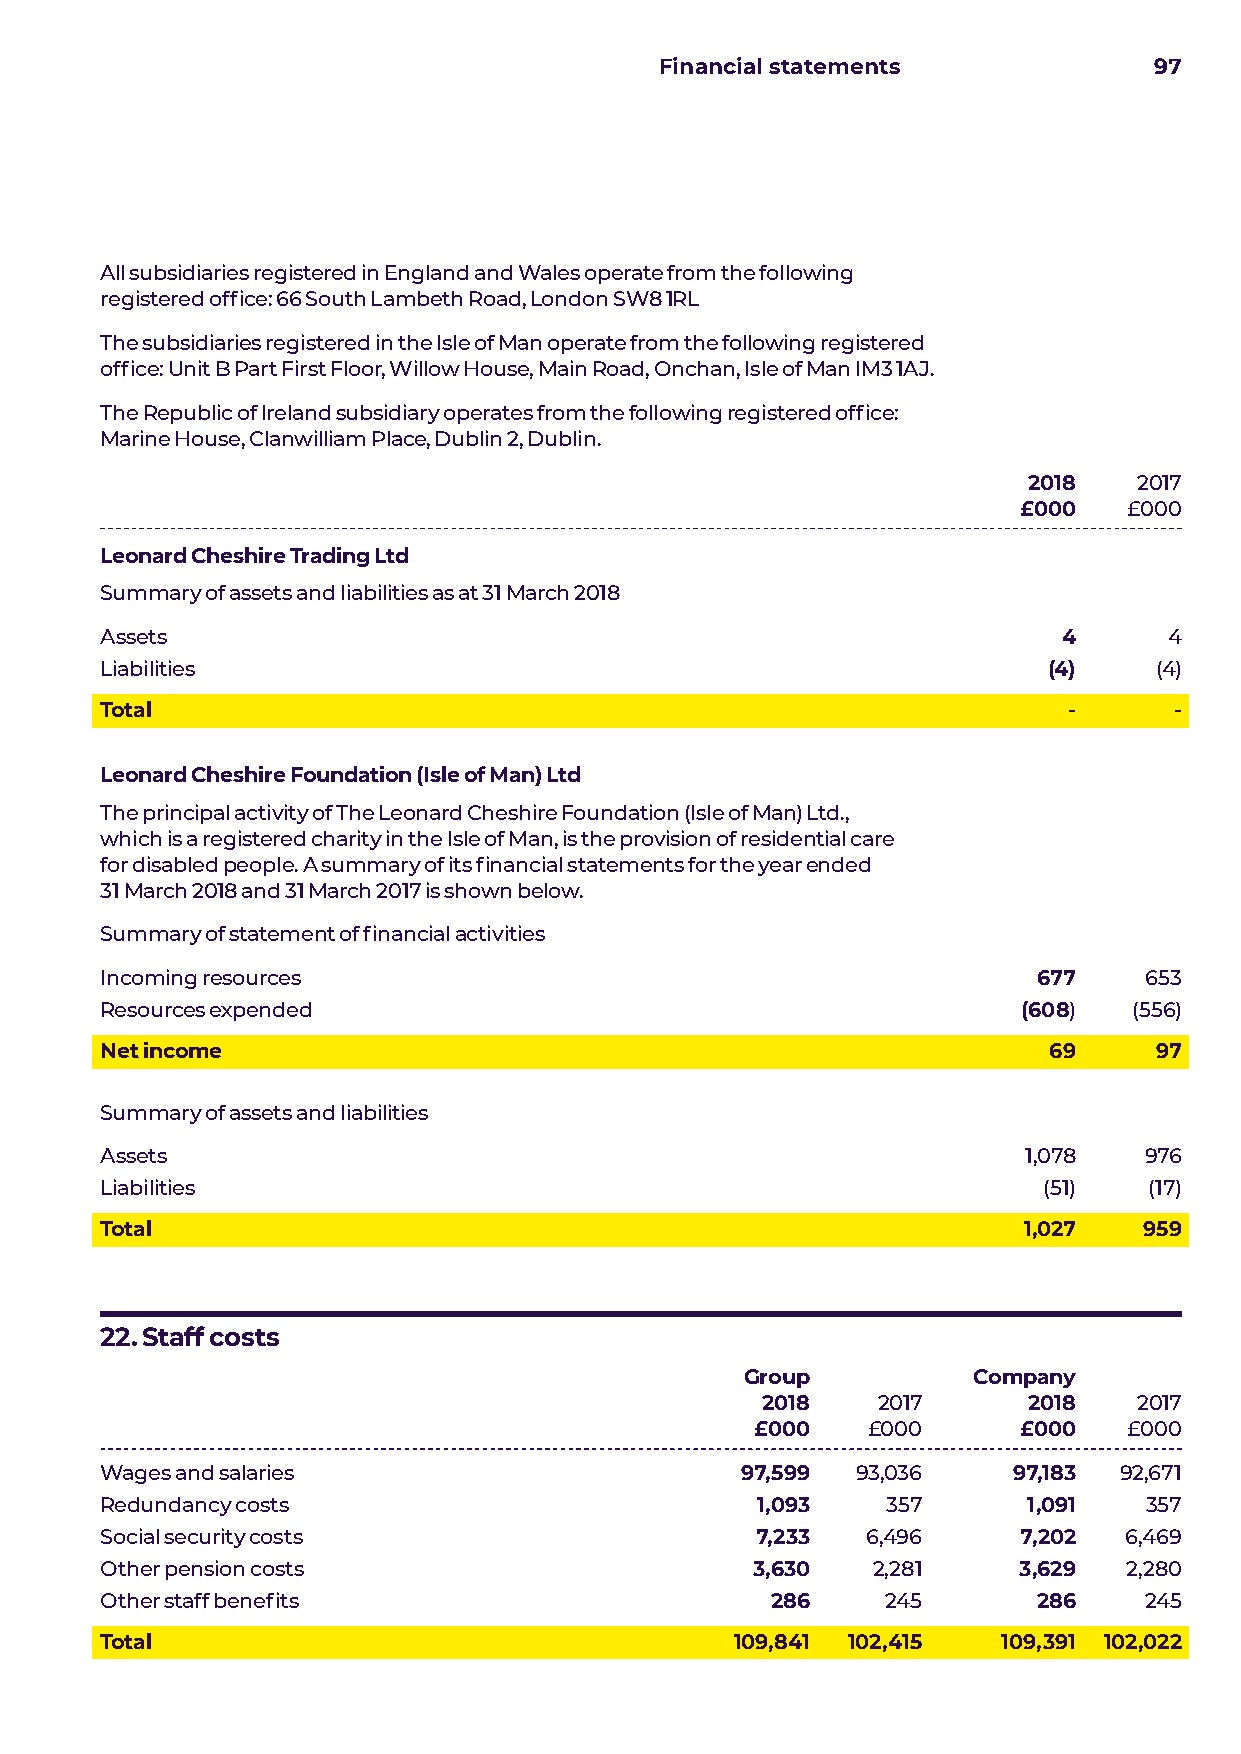
Financial statements            97
 All subsidiaries registered in England and Wales operate from the following
 registered office: 66 South Lambeth Road, London SW8 1RL
 The subsidiaries registered in the Isle of Man operate from the following registered
 office: Unit B Part First Floor, Willow House, Main Road, Onchan, Isle of Man IM3 1AJ.
 The Republic of Ireland subsidiary operates from the following registered office:
 Marine House, Clanwilliam Place, Dublin 2, Dublin.
 2018   2017
 £000    £000
 Leonard Cheshire Trading Ltd
 Summary of assets and liabilities as at 31 March 2018
 Assets                                                         4      4
 Liabilities                                                   (4)     (4)
 Total                                                           -      -
 Leonard Cheshire Foundation (Isle of Man) Ltd
 The principal activity of The Leonard Cheshire Foundation (Isle of Man) Ltd.,
 which is a registered charity in the Isle of Man, is the provision of residential care
 for disabled people. A summary of its financial statements for the year ended
 31 March 2018 and 31 March 2017 is shown below.
 Summary of statement of financial activities
 Incoming resources                                            677    653
 Resources expended                                           (608)  (556)
 Net income                                                    69     97
 Summary of assets and liabilities
 Assets                                                       1,078   976
 Liabilities                                                   (51)   (17)
 Total                                                        1,027   959
 22. Staff costs
 Group          Company
 2018    2017      2018   2017
 £000   £000      £000    £000
 Wages and salaries                        97,599  93,036    97,183 92,671
 Redundancy costs                           1,093    357      1,091   357
 Social security costs                      7,233  6,496      7,202 6,469
 Other pension costs                        3,630   2,281    3,629   2,280
 Other staff benefits                        286     245       286    245
 Total                                     109,841 102,415  109,391 102,022